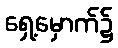
ရှေ့မှောက်၌